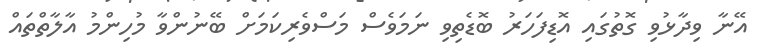
އޭނާ ވިދާޅުވި ގޮތުގައި އޮޑިފަހަރު ބޮޑެތިވި ނަމަވެސް މަސްވެރިކަމަށް ބޭނުންވާ މުހިންމު އާލާތްތައް